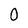
Character: 0